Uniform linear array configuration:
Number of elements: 12
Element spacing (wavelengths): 0.5
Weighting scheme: exponential
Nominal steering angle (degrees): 45
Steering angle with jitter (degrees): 43.195
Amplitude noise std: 0.05
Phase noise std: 0.05

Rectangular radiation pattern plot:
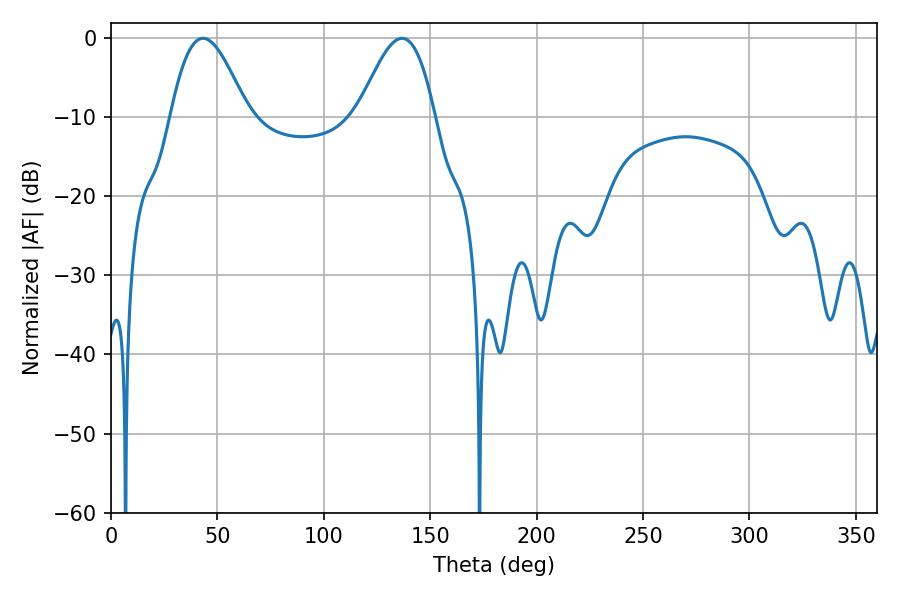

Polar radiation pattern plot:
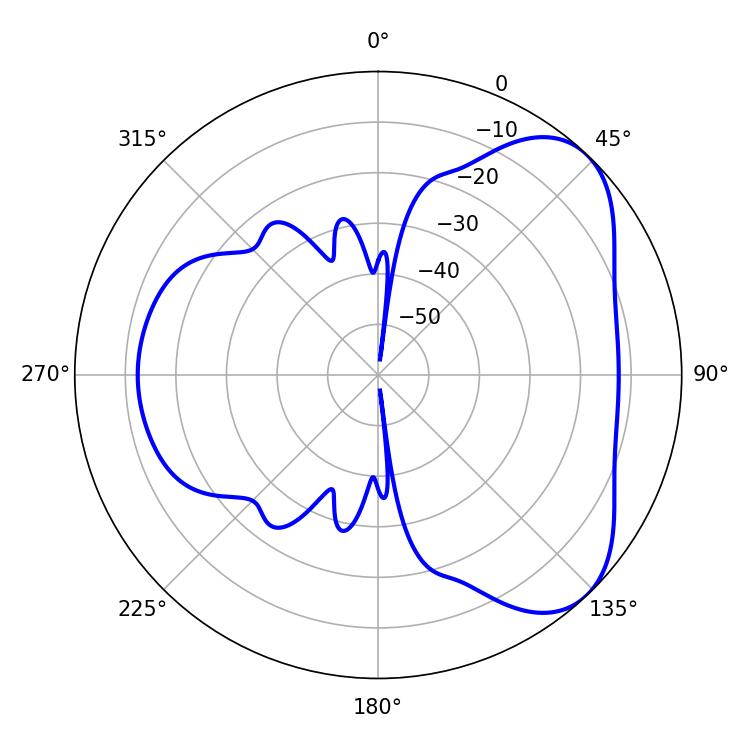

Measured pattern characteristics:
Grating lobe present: FALSE
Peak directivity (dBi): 5.813
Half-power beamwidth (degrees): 19.26
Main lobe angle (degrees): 43.2